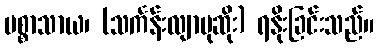
ပစ္စာသာယ၊ (သင်္ကန်းလျာပုဆိုး) ရနိုးခြင်းသည်။